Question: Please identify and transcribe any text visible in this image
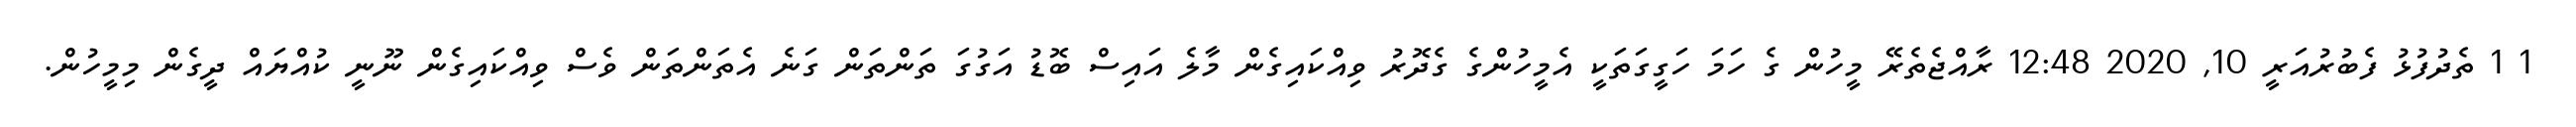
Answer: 1 1 ތެދުފުޅު ފެބުރުއަރީ 10, 2020 12:48 ރާއްޖެތެރޭ މީހުން ގެ ހަމަ ހަގީގަތަކީ އެމީހުންގެ ގެދޮރު ވިއްކައިގެން މާލެ އައިސް ބޮޑު އަގުގަ ތަންތަން ގަނެ އެތަންތަން ވެސް ވިއްކައިގެން ނޫނީ ކުއްޔައް ދީގެން މިމީހުން.